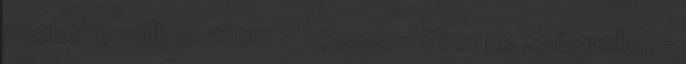
zsebébe süllyesztem a kezem. - Zoe. ne szégyelld. -